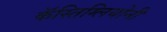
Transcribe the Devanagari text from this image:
कॅस्तिग्लियोनी